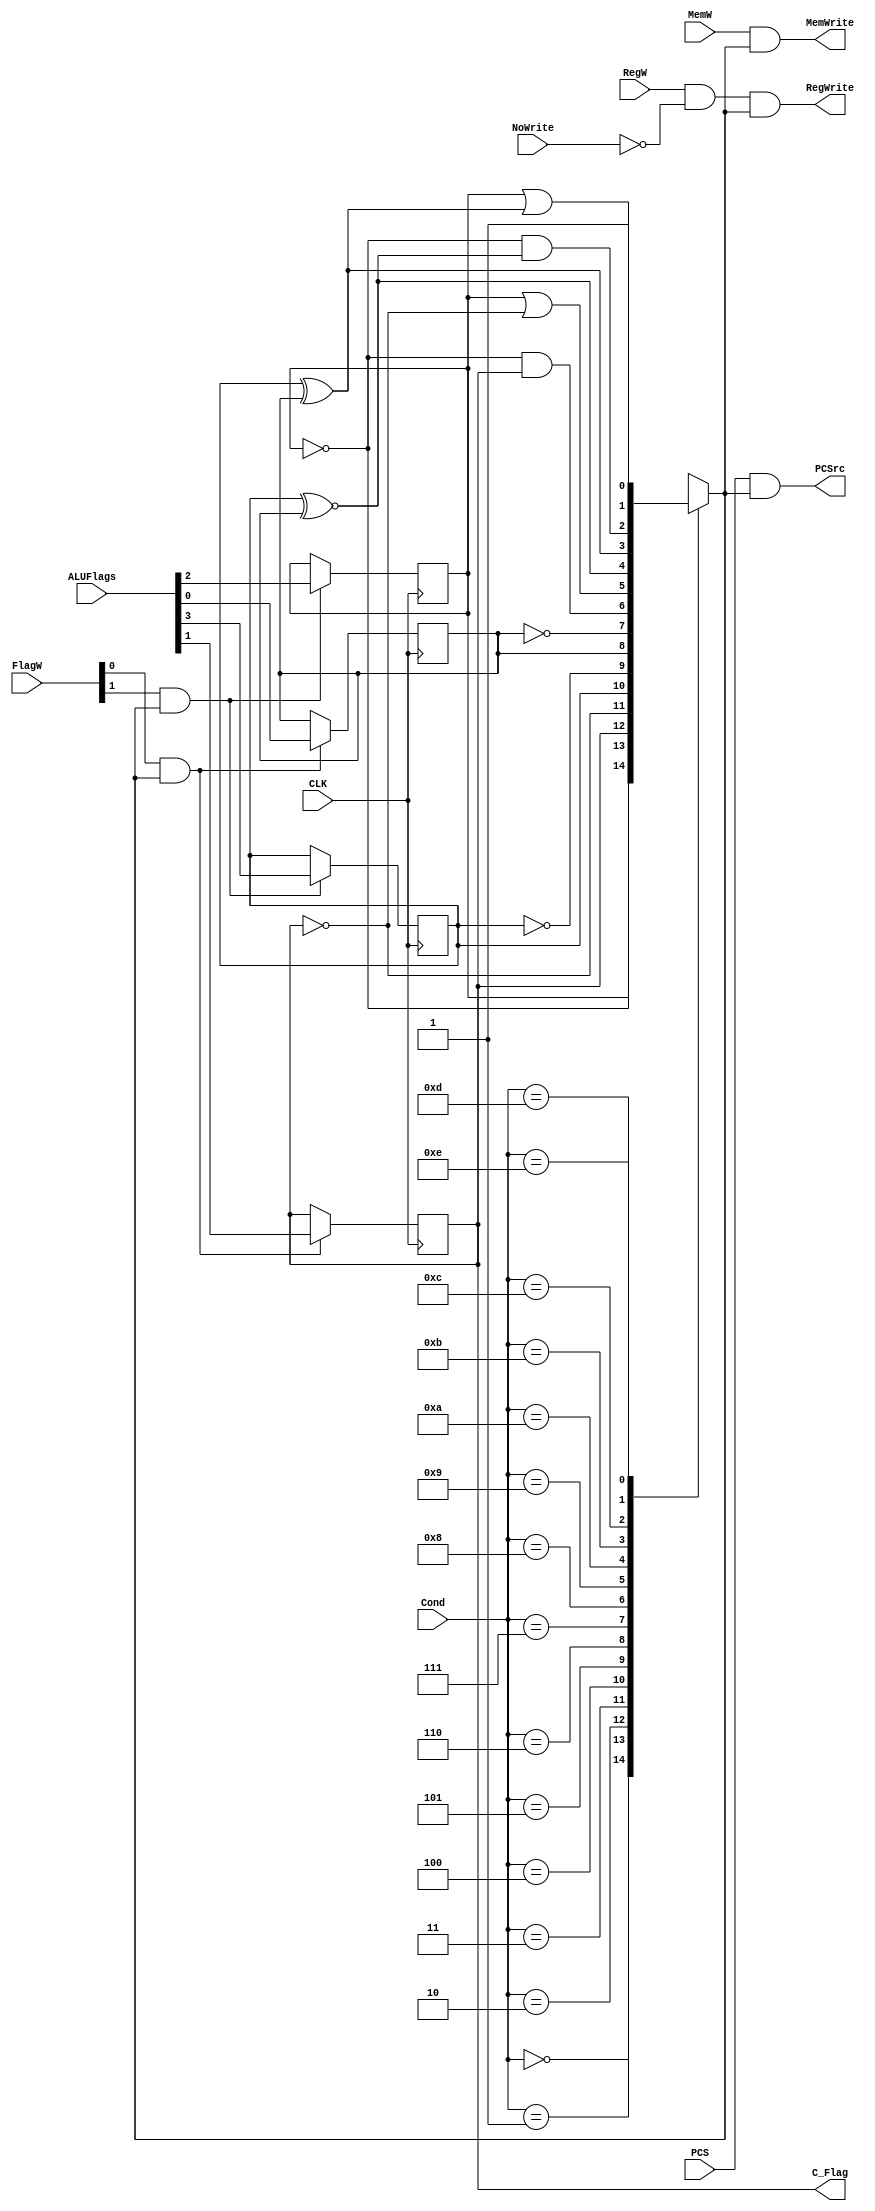
`timescale 1ns / 1ps
/*
----------------------------------------------------------------------------------
-- Company: NUS	
-- Engineer: (c) Shahzor Ahmad and Rajesh Panicker  
-- 
-- Create Date: 09/23/2015 06:49:10 PM
-- Module Name: CondLogic
-- Project Name: CG3207 Project
-- Target Devices: Nexys 4 (Artix 7 100T)
-- Tool Versions: Vivado 2015.2
-- Description: CondLogic Module
-- 
-- Dependencies: NIL
-- 
-- Revision:
-- Revision 0.01 - File Created
-- Additional Comments:
-- 
----------------------------------------------------------------------------------

----------------------------------------------------------------------------------
--	License terms :
--	You are free to use this code as long as you
--		(i) DO NOT post it on any public repository;
--		(ii) use it only for educational purposes;
--		(iii) accept the responsibility to ensure that your implementation does not violate any intellectual property of ARM Holdings or other entities.
--		(iv) accept that the program is provided "as is" without warranty of any kind or assurance regarding its suitability for any particular purpose;
--		(v)	acknowledge that the program was written based on the microarchitecture described in the book Digital Design and Computer Architecture, ARM Edition by Harris and Harris;
--		(vi) send an email to rajesh.panicker@ieee.org briefly mentioning its use (except when used for the course CG3207 at the National University of Singapore);
--		(vii) retain this notice in this file or any files derived from this.
----------------------------------------------------------------------------------
*/

module CondLogic(
    input CLK,
    input PCS,
    input RegW,
    input NoWrite,
    input MemW,
    input [1:0] FlagW,
    input [3:0] Cond,
    input [3:0] ALUFlags,
    output PCSrc,
    output RegWrite,
    output MemWrite,
    output C_Flag
    );
    
    reg CondEx ;
    reg N = 0, Z = 0, C = 0, V = 0 ;
    //<extra signals, if any>
    wire [1:0] FlagWrite;
    
    assign C_Flag = C;
    assign FlagWrite[0] = FlagW[0] & CondEx;
    assign FlagWrite[1] = FlagW[1] & CondEx;
    // Set values of N, Z, C, V flags when required
    always @ (posedge CLK)
    begin
        if (FlagWrite[1])
        begin
            N <= ALUFlags[3];
            Z <= ALUFlags[2];
        end
        
        if (FlagWrite[0])
        begin
            C <= ALUFlags[1];
            V <= ALUFlags[0];
        end
    end
    
    always@(Cond, N, Z, C, V)
    begin
        case(Cond)
            4'b0000: CondEx <= Z ;                  // EQ  
            4'b0001: CondEx <= ~Z ;                 // NE 
            4'b0010: CondEx <= C ;                  // CS / HS 
            4'b0011: CondEx <= ~C ;                 // CC / LO  
            
            4'b0100: CondEx <= N ;                  // MI  
            4'b0101: CondEx <= ~N ;                 // PL  
            4'b0110: CondEx <= V ;                  // VS  
            4'b0111: CondEx <= ~V ;                 // VC  
            
            4'b1000: CondEx <= (~Z) & C ;           // HI  
            4'b1001: CondEx <= Z | (~C) ;           // LS  
            4'b1010: CondEx <= N ~^ V ;             // GE  
            4'b1011: CondEx <= N ^ V ;              // LT  
            
            4'b1100: CondEx <= (~Z) & (N ~^ V) ;    // GT  
            4'b1101: CondEx <= Z | (N ^ V) ;        // LE  
            4'b1110: CondEx <= 1'b1  ;              // AL 
            4'b1111: CondEx <= 1'bx ;               // unpredictable   
        endcase   
    end
    
    // Assign write controls (combinational logic)
    assign PCSrc = PCS & CondEx;
    assign RegWrite = RegW & ~NoWrite & CondEx;
    assign MemWrite = MemW & CondEx;
        

endmodule